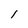
Character: l